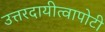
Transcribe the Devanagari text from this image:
उत्तरदायीत्वापोटी